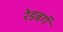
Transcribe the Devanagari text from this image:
रेडबर्ग